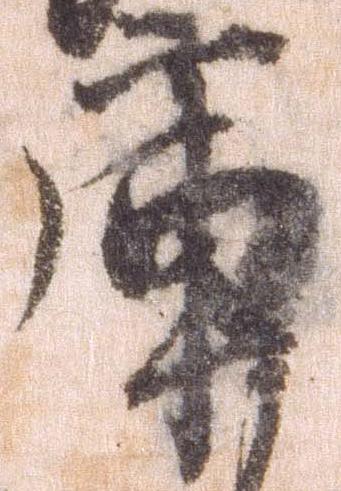
庫